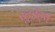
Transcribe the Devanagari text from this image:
स्टूडेंट्स्